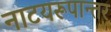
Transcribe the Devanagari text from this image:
नाटयरूपान्तर